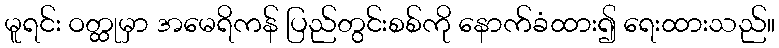
မူရင်း ဝတ္ထုမှာ အမေရိကန် ပြည်တွင်းစစ်ကို နောက်ခံထား၍ ရေးထားသည်။